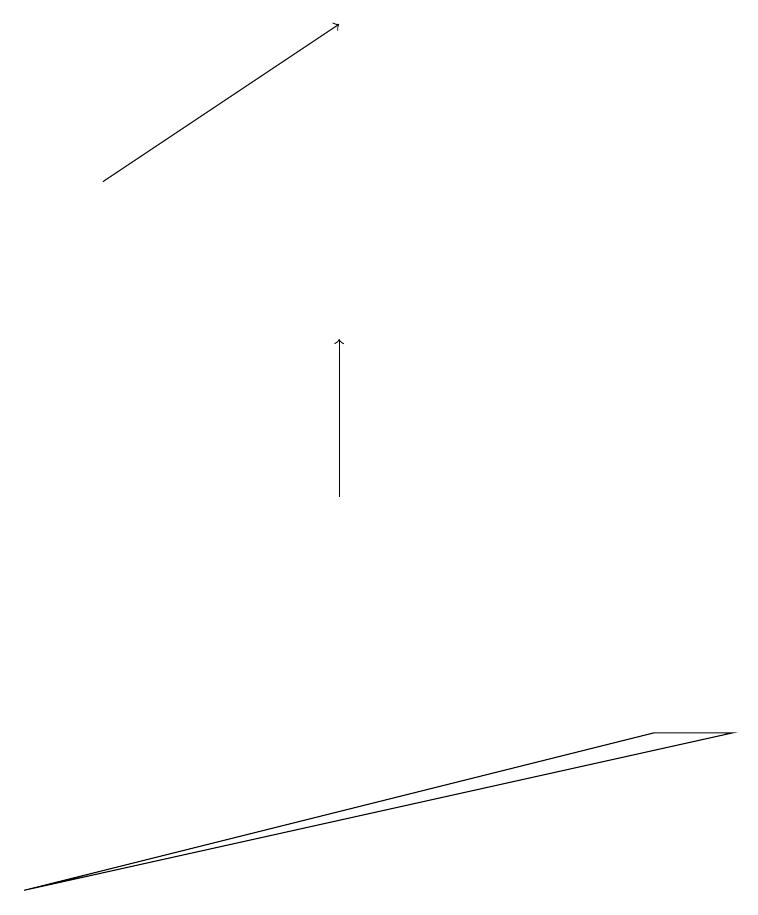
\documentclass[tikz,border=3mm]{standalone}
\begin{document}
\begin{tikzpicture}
\draw[->] (4,11) -- (4,13);
\draw[->] (1,15) -- (4,17);
\draw (8,8) -- (0,6) -- (9,8) -- cycle;
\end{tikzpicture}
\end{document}